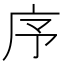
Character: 序